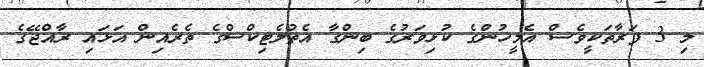
މި 3 ފަރާތަކީވެސް އެމީހުންގެ ކުޅިވަރުގެ ބިންގާ އެތުލެޓިިކްސްގެ ތެރެއިން އަޅައި ރާއްޖޭގެ